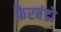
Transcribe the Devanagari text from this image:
फ़ैरबंडो